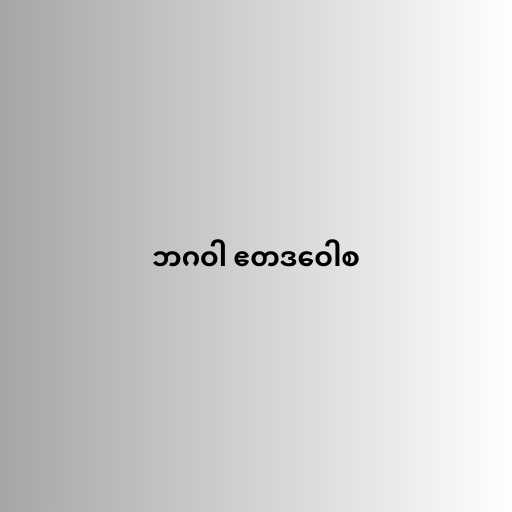
ဘဂဝါ ဧတဒဝေါစ